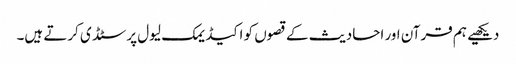
دیکھیے ہم قرآن اور احادیث کے قصوں کو اکیڈیمک لیول پر سٹڈی کرتے ہیں۔